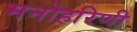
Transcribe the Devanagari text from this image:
मनोहरिणी